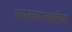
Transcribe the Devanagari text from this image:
आलापचारीत